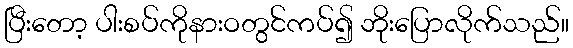
ပြီးတော့ ပါးစပ်ကိုနားဝတွင်ကပ်၍ ဘိုးပြောလိုက်သည်။